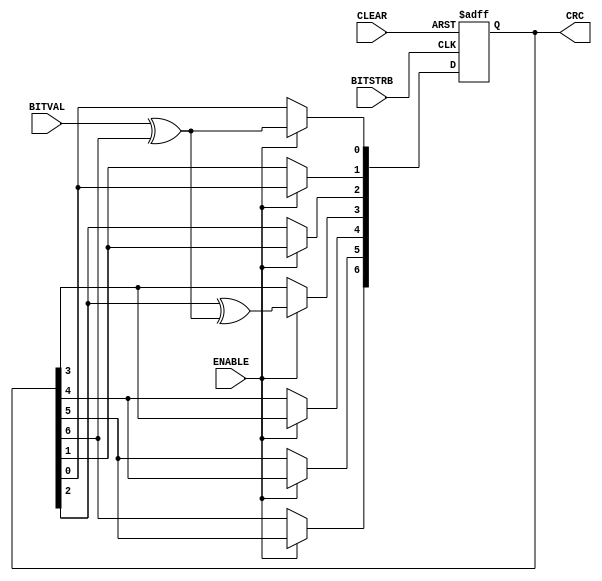
module sd_crc_7(BITVAL, ENABLE, BITSTRB, CLEAR, CRC);
   input        BITVAL;                            // Next input bit
   input        ENABLE;                            // Enable calculation
   input        BITSTRB;                           // Current bit valid (Clock)
   input        CLEAR;                             // Init CRC value
   output [6:0] CRC;                               // Current output CRC value

   reg    [6:0] CRC;                               // We need output registers
   wire         inv;
   
   assign inv = BITVAL ^ CRC[6];                   // XOR required?
   
   always @(posedge BITSTRB or posedge CLEAR) begin
      if (CLEAR) begin
         CRC <= 0;                                  // Init before calculation
         end
      else begin
         if (ENABLE == 1) begin
             CRC[6] <= CRC[5];
             CRC[5] <= CRC[4];
             CRC[4] <= CRC[3];
             CRC[3] <= CRC[2] ^ inv;
             CRC[2] <= CRC[1];
             CRC[1] <= CRC[0];
             CRC[0] <= inv;
             end
         end
      end
   
endmodule